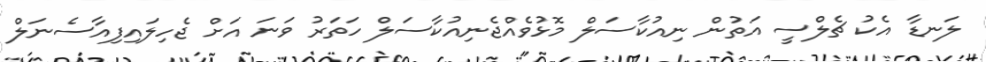
ލަނޑާ އެކު ޗެލްސީ އަތުން ނިއުކާސަލް މޮޅުވެއްޖެނިއުކާސަލް ހަތަރު ވަނަ އަށް ޖެހިލައިފިއާސެނަލް